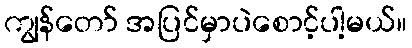
ကျွန်တော် အပြင်မှာပဲစောင့်ပါ့မယ်။